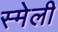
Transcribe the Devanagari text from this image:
स्मेली